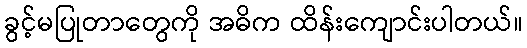
ခွင့်မပြုတာတွေကို အဓိက ထိန်းကျောင်းပါတယ်။